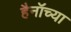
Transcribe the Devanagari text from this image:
हैनॉच्या